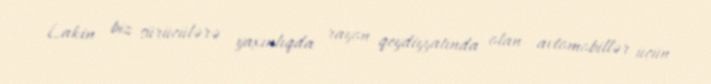
Lakin biz sürücülərə yaxınlıqda rayon qeydiyyatında olan avtomobillər üçün